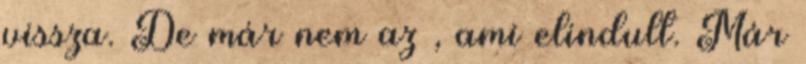
vissza. De már nem az , ami elindult. Már